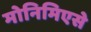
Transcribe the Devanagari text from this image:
मोनिमिएसे